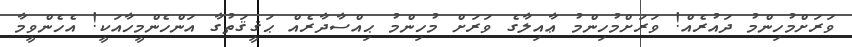
ވަރަށްމުހިންމު ދައުރެއް! ވަރަށްމުހިންމު ޢާއިލާގެ ވަރަށް މުހިންމު ޙިއްސާދާރެއް ޙަޤީޤަތުގާ އަންހެންމީހާއަކީ! އެހެންވީމާ